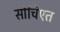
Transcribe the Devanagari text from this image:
सोचिएत